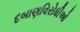
દબાણવિરોધીઓ